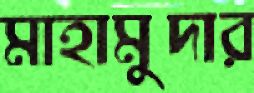
মাহামুদার